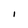
Character: I